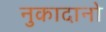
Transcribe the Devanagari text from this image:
नुकादानो